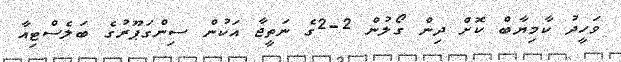
ވަހީދު ކާމިޔާބް ކޮށް ދިން ގޯލުން 2-2ގެ ނަތީޖާ އަކުން ސިންގަޕޫރުގެ ބަލެސްޓިއާ